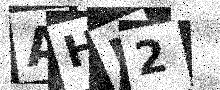
Text: AHJ2